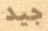
جيد